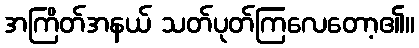
အကြိတ်အနယ် သတ်ပုတ်ကြလေတော့၏။